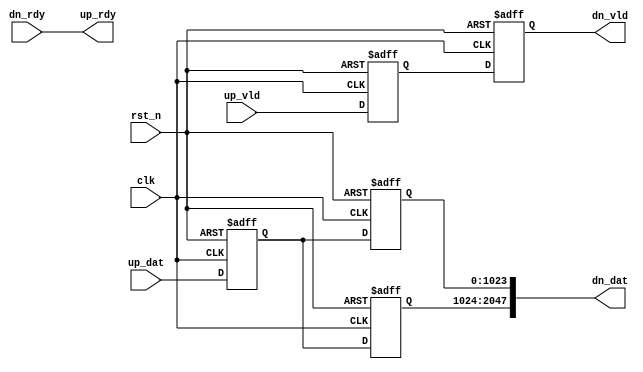
//////////////////////////////////////////////////////////////////////////////////
// Company: 
// Engineer: 
// 
// Design Name: 
// Module Name: qkv_fanout
// Project Name: 
// Target Devices: 
// Tool Versions: 
// Description: 
// 
// Dependencies: 
// 
// Revision:
// Revision 0.01 - File Created
// Additional Comments:
// 
//////////////////////////////////////////////////////////////////////////////////


module tree_fanout_double
# (
  parameter in_w = 128 * 8
)
(
  input                    clk,
  input                    rst_n,
  input                     up_vld,
  input     [in_w-1:0]      up_dat,
  output                    up_rdy,

  output                   dn_vld,
  input                    dn_rdy,
  output   [2*in_w-1:0]     dn_dat
);

assign up_rdy = dn_rdy;

reg [in_w-1:0] up_dat_r;
reg up_vld_r;
reg [in_w-1:0] up_dats[2-1 : 0];
reg [in_w-1:0] up_vlds[2-1 : 0];



always @(posedge clk or negedge rst_n)
if(!rst_n) begin
    up_dat_r <= 0;
    up_vld_r <= 0;
end
else begin
    up_dat_r <= up_dat;
    up_vld_r <= up_vld;
end

always @(posedge clk or negedge rst_n)
if(!rst_n) begin
    up_dats[0] <= 0;
    up_vlds[0] <= 0;
end
else begin
    up_dats[0] <= up_dat_r;
    up_vlds[0] <= up_vld_r;
end

always @(posedge clk or negedge rst_n)
if(!rst_n) begin
    up_dats[1] <= 0;
    up_vlds[1] <= 0;
end
else begin
    up_dats[1] <= up_dat_r;
    up_vlds[1] <= up_vld_r;
end

assign dn_dat = {up_dats[0], up_dats[1]};
assign dn_vld = up_vlds[0];

endmodule